Annual report of the Imperial Bacteriological Laboratory, Muktesar
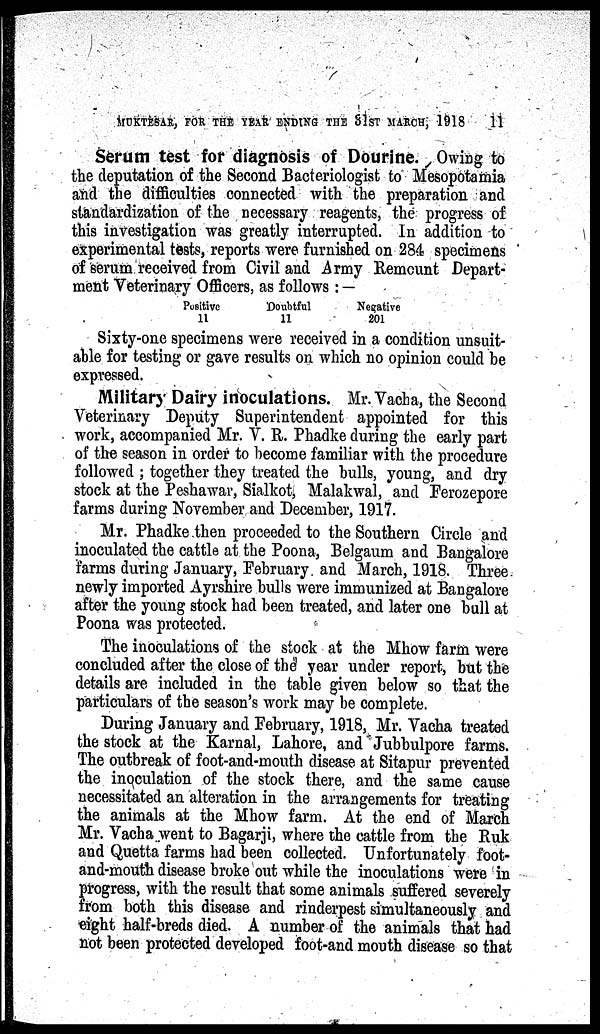
MUKTESAR, FOR THE YEAR ENDING THE 31ST MARCH, 1918
11
Serum test for diagnosis of Dourine. Owing to
the deputation of the Second Bacteriologist to Mesopotamia
and the difficulties connected with the preparation and
standardization of the necessary reagents, the progress of
this investigation was greatly interrupted. In addition to
experimental tests, reports were furnished on 284 specimens
of serum received from Civil and Army Remount Depart-
ment Veterinary Officers, as follows : —
Positive
Doubtful
Negative
11
11
201
Sixty-one specimens were received in a condition unsuit¬
able for testing or gave results on which no opinion could be
expressed.
Military Dairy inoculations. Mr. Vacha, the Second
Veterinary Deputy Superintendent appointed for this
work, accompanied Mr. V. R. Phadke during the early part
of the season in order to become familiar with the procedure
followed ; together they treated the bulls, young, and dry
stock at the Peshawar, Sialkot, Malakwal, and Ferozepore
farms during November and December, 1917.
Mr. Phadke then proceeded to the Southern Circle and
inoculated the cattle at the Poona, Belgaum and Bangalore
farms during January, February and March, 1918. Three
newly imported Ayrshire bulls were immunized at Bangalore
after the young stock had been treated, and later one bull at
Poona was protected.
The inoculations of the stock at the Mhow farm were
concluded after the close of the year under report, but the
details are included in the table given below so that the
particulars of the season's work may be complete.
During January and February, 1918, Mr. Vacha treated
the stock at the Karnal, Lahore, and Jubbulpore farms.
The outbreak of foot-and-mouth disease at Sitapur prevented
the inoculation of the stock there, and the same cause
necessitated an alteration in the arrangements for treating
the animals at the Mhow farm. At the end of March
Mr. Vacha went to Bagarji, where the cattle from the Ruk
and Quetta farms had been collected. Unfortunately foot-
and-mouth disease broke out while the inoculations were in
progress, with the result that some animals suffered severely
from both this disease and rinderpest simultaneously and
eight half-breds died. A number of the animals that had
not been protected developed foot-and mouth disease so that